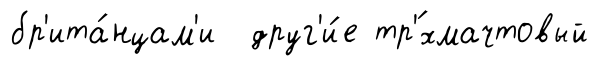
бр'ита́нцам'и друг'и́е тр'́хмачтовый